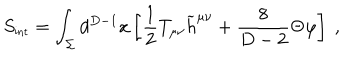
LaTeX: S _ { \mathrm { { \small i n t } } } = \int _ { \Sigma } d ^ { D - 1 } x \left[ { \frac { 1 } { 2 } } T _ { \mu \nu } { \widetilde h } ^ { \mu \nu } + { \frac { 8 } { D - 2 } } \Theta \varphi \right] ~ ,